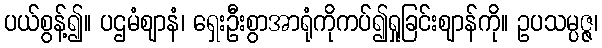
ပယ်စွန့်၍။ ပဌမံဈာနံ၊ ရှေးဦးစွာအာရုံကိုကပ်၍ရှုခြင်းဈာန်ကို။ ဥပသမ္ပဇ္ဇ၊